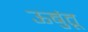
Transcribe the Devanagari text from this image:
ऊबुंतू